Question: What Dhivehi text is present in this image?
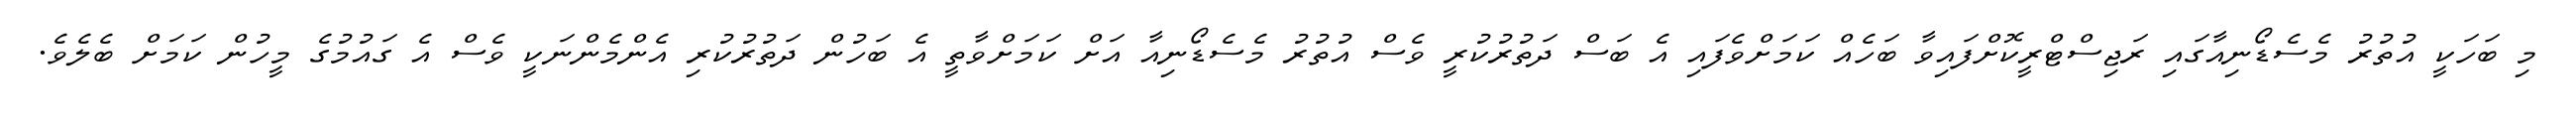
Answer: މި ބަހަކީ އުތުރު މެސެޑޯނިއާގައި ރަޖިސްޓްރީކޮށްފައިވާ ބަހެއް ކަމަށްވެފައި އެ ބަސް ދަތުރުކުރީ ވެސް އުތުރު މެސެޑޯނިއާ އަށް ކަމަށްވާތީ އެ ބަހުން ދަތުރުކުރި އެންމެންނަކީ ވެސް އެ ގައުމުގެ މީހުން ކަމަށް ބެލެވެ.